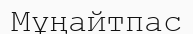
Мұңайтпас